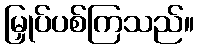
မြှုပ်ပစ်ကြသည်။